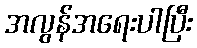
အလွန်အရေးပါပြီး